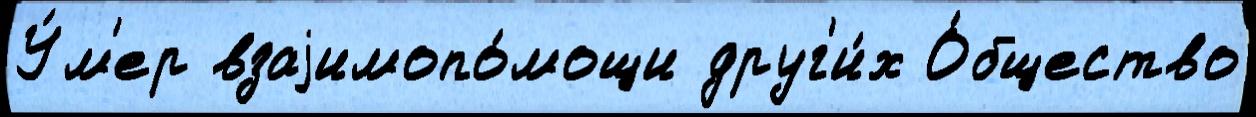
У́м'ер взаjимопо́мощи друг'и́х О́бщество